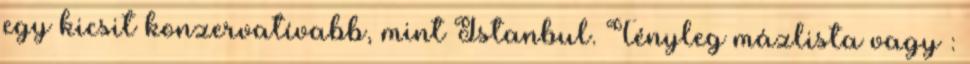
egy kicsit konzervatívabb, mint Istanbul. Tényleg mázlista vagy :